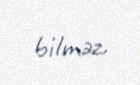
bilməz.